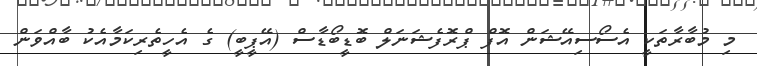
މި މުބާރާތަކީ އެސޯސިއޭޝަން އޮފް ޕްރޮފެޝަނަލް ބޮޑީބޯޑާސް (އޭޕީބީ) ގެ އެހީތެރިކަމާއެކު ބާއްވަން